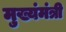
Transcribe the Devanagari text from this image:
मुख्यंमंत्री